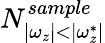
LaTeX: N_{|\omega_{z}|<|\omega_{z}^{*}|}^{sample}